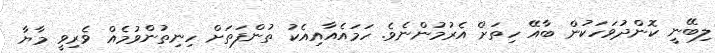
ލިބޭނީ ކޮންދުވަހަކުން ބާއޭ ހިތަށް އެރުމުންނެވެ. ހަމައެއާއިއެކު ތުންފަތަށް ހިނިތުންވުމެއް ވެރިވީ މާޔާ